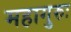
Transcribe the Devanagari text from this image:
महागुरुः